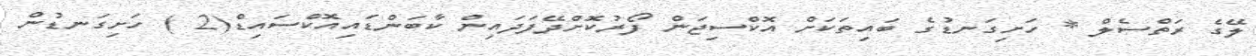
ލޭގެ ރަތްސެލް * ހަށިގަނޑުގެ ބައިތަކަށް އޮކްސިޖަން ފޯރުކޮށްދޭފަދައިން ކާބަންޑައިއޮކްސައިޑް(2 ) ހަށިގަނޑުން